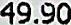
49.90